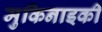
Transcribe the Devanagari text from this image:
मुकिनाइकी